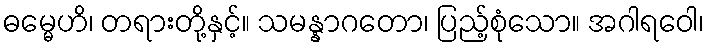
ဓမ္မေဟိ၊ တရားတို့နှင့်။ သမန္နာဂတော၊ ပြည့်စုံသော။ အဂါရဝေါ၊